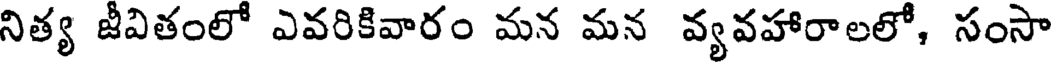
నిత్య జీవితంలో ఎవరికివారం మన మన వ్యవహారాలలో, సంసా